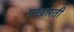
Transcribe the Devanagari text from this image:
पखारती